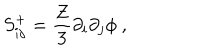
LaTeX: S _ { i j } ^ { + } = \frac { Z } { 3 } \partial _ { i } \partial _ { j } \phi \ ,